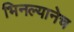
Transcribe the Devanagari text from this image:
भिनल्यानेच